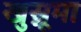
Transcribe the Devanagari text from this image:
खुस्नूमा